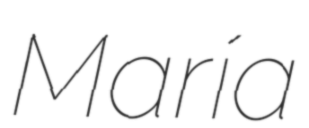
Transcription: María